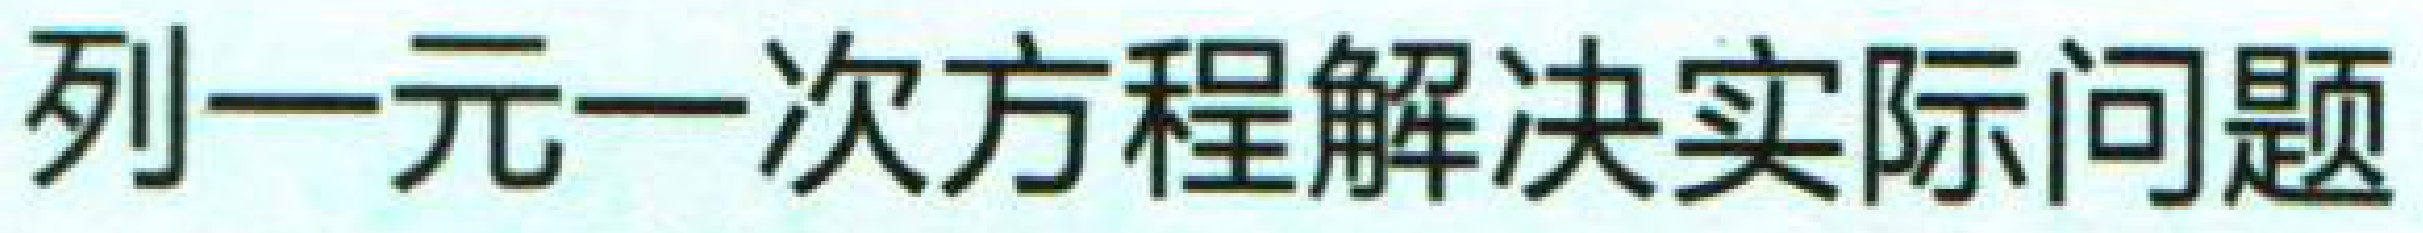
列一元一次方程解决实际问题